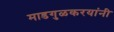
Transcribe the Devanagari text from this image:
माडगुळकरयांनी